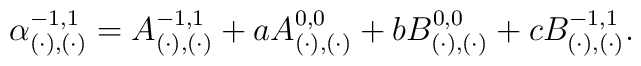
\alpha_{( \cdot), (\cdot)}^{-1,1} = A_{( \cdot), (\cdot)}^{-1,1}+ a A_{(\cdot), (\cdot)}^{0,0}+ b B_{(\cdot), (\cdot)}^{0,0}+ c B_{(\cdot), (\cdot)}^{-1,1}.